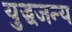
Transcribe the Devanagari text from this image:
युद्धजन्‍य